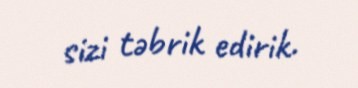
sizi təbrik edirik.